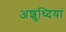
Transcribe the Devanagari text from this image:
अशुध्दियां